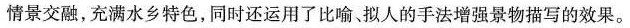
情景交融，充满水乡特色，同时还运用了比喻、拟人的手法增强景物描写的效果。